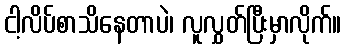
ငါ့လိပ်စာသိနေတာပဲ၊ လူလွှတ်ပြီးမှာလိုက်။